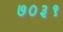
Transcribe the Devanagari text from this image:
७०३१